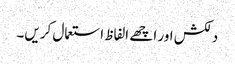
دلکش اور اچھے الفاظ استعمال کریں۔